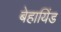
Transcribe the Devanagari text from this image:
बेहायिंड